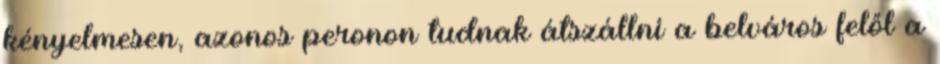
kényelmesen, azonos peronon tudnak átszállni a belváros felől a